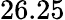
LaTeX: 26.25